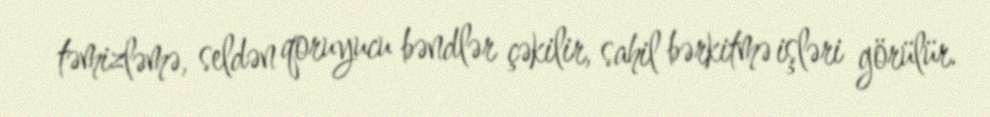
təmizləmə, seldən qoruyucu bəndlər çəkilir, sahil bərkitmə işləri görülür.